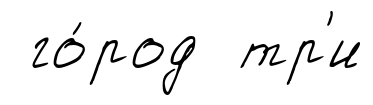
го́род тр'и